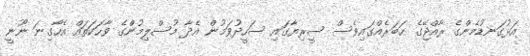
އަޅުގަނޑުމެންގެ ރާއްޖޭގެ ޙަބަރެއްގައިވެސް ސީރިޔާގައި ސަހީދުވަމުން އެދާ މުސްލިމުންްގެ ވާހަކަތައް އެހާގިނަ ނޫނީ